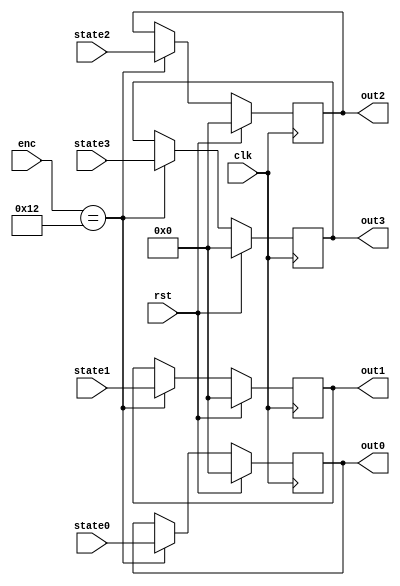
module out (clk, rst, state0, state1, state2, state3, enc, out0, out1, out2, out3);
  input   [31:0] state0, state1, state2, state3; 
  output reg [31:0] out0, out1, out2, out3;
  input  clk, rst;
  input  [5:0] enc;
  
  always @ (negedge clk)
  begin
  if (rst)
  begin
  out0 <= 0; 
  out1 <= 0;
  out2 <= 0;
  out3 <= 0;
  end//if rst
  else
  if (enc ==18)
  begin
  out0 <= state0; 
  out1 <= state1;
  out2 <= state2;
  out3 <= state3;
  end//else rst
  end//always
endmodule